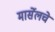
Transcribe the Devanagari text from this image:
मार्सेलचे